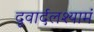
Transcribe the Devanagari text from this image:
दूवार्दलश्यामं